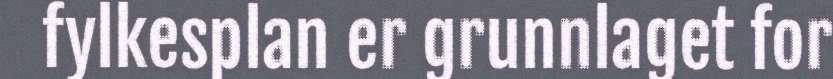
fylkesplan er grunnlaget for